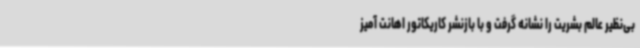
بی‌نظیر عالم بشریت را نشانه گرفت و با بازنشر کاریکاتور اهانت آمیز